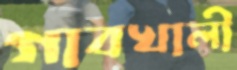
গাবখালী